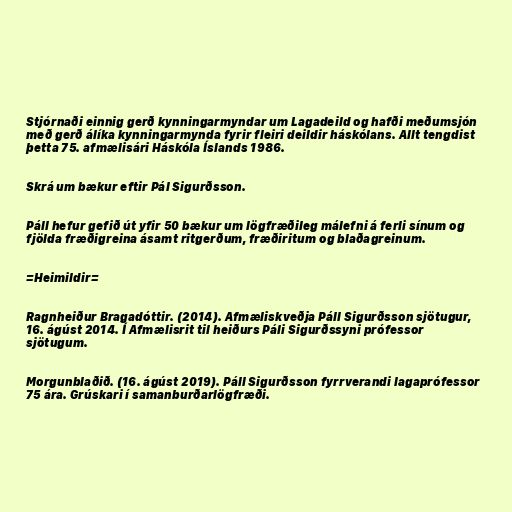
Stjórnaði einnig gerð kynningarmyndar um Lagadeild og hafði meðumsjón
með gerð álíka kynningarmynda fyrir fleiri deildir háskólans. Allt tengdist
þetta 75. afmælisári Háskóla Íslands 1986.

Skrá um bækur eftir Pál Sigurðsson.

Páll hefur gefið út yfir 50 bækur um lögfræðileg málefni á ferli sínum og
fjölda fræðigreina ásamt ritgerðum, fræðiritum og blaðagreinum.

=Heimildir=

Ragnheiður Bragadóttir. (2014). Afmæliskveðja Páll Sigurðsson sjötugur,
16. ágúst 2014. Í Afmælisrit til heiðurs Páli Sigurðssyni prófessor
sjötugum.

Morgunblaðið. (16. ágúst 2019). Páll Sigurðsson fyrrverandi lagaprófessor
75 ára. Grúskari í samanburðarlögfræði.